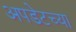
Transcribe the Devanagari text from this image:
अपडेटच्या